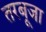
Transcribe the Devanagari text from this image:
तरबूजा